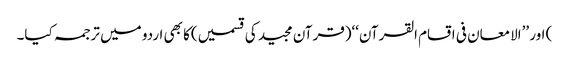
) اور ’’الامعان فی اقسام القرآن‘‘(قرآن مجید کی قسمیں)کا بھی اردو میں ترجمہ کیا۔